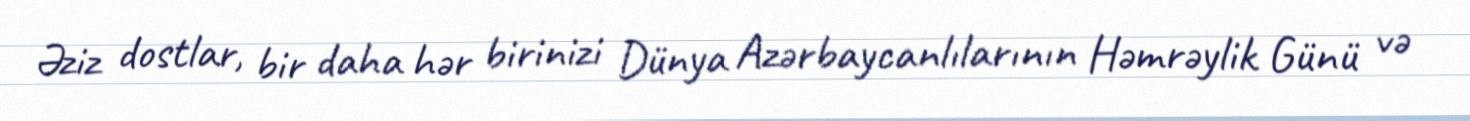
Əziz dostlar, bir daha hər birinizi Dünya Azərbaycanlılarının Həmrəylik Günü və